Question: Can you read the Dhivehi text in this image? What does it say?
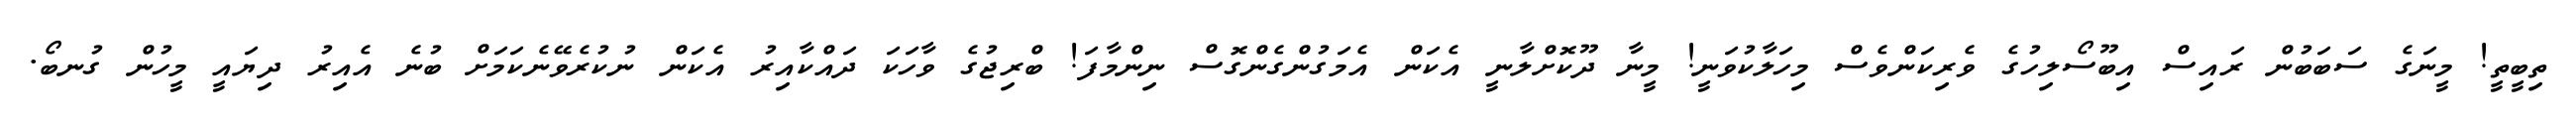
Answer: ތިބީތީ! މީނަގެ ސަބަބުން ރައިސް އިބޫސޯލިހުގެ ވެރިކަންވެސް މިހަލާކުވަނީ! މީނާ ދޫކޮށްލާނީ އެކަން އެމަގުންގެންގޮސް ނިންމާފަ! ބްރިޖުގެ ވާހަކަ ދައްކާއިރު އެކަން ނުކުރެވޭނެކަމަށް ބުނެ އެއިރު ދިޔައީ މީހުން ގުނބޯ.